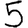
Digit: 5